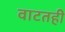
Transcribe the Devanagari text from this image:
वाटतही